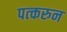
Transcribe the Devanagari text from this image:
पत्‍करुन